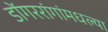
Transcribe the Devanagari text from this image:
डोंगररांगांमधल्या